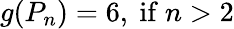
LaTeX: g(P_{n})=6{\mathrm{,~if~}}n>2